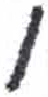
אות: ו